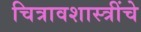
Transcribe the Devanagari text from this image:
चित्रावशास्त्रींचे